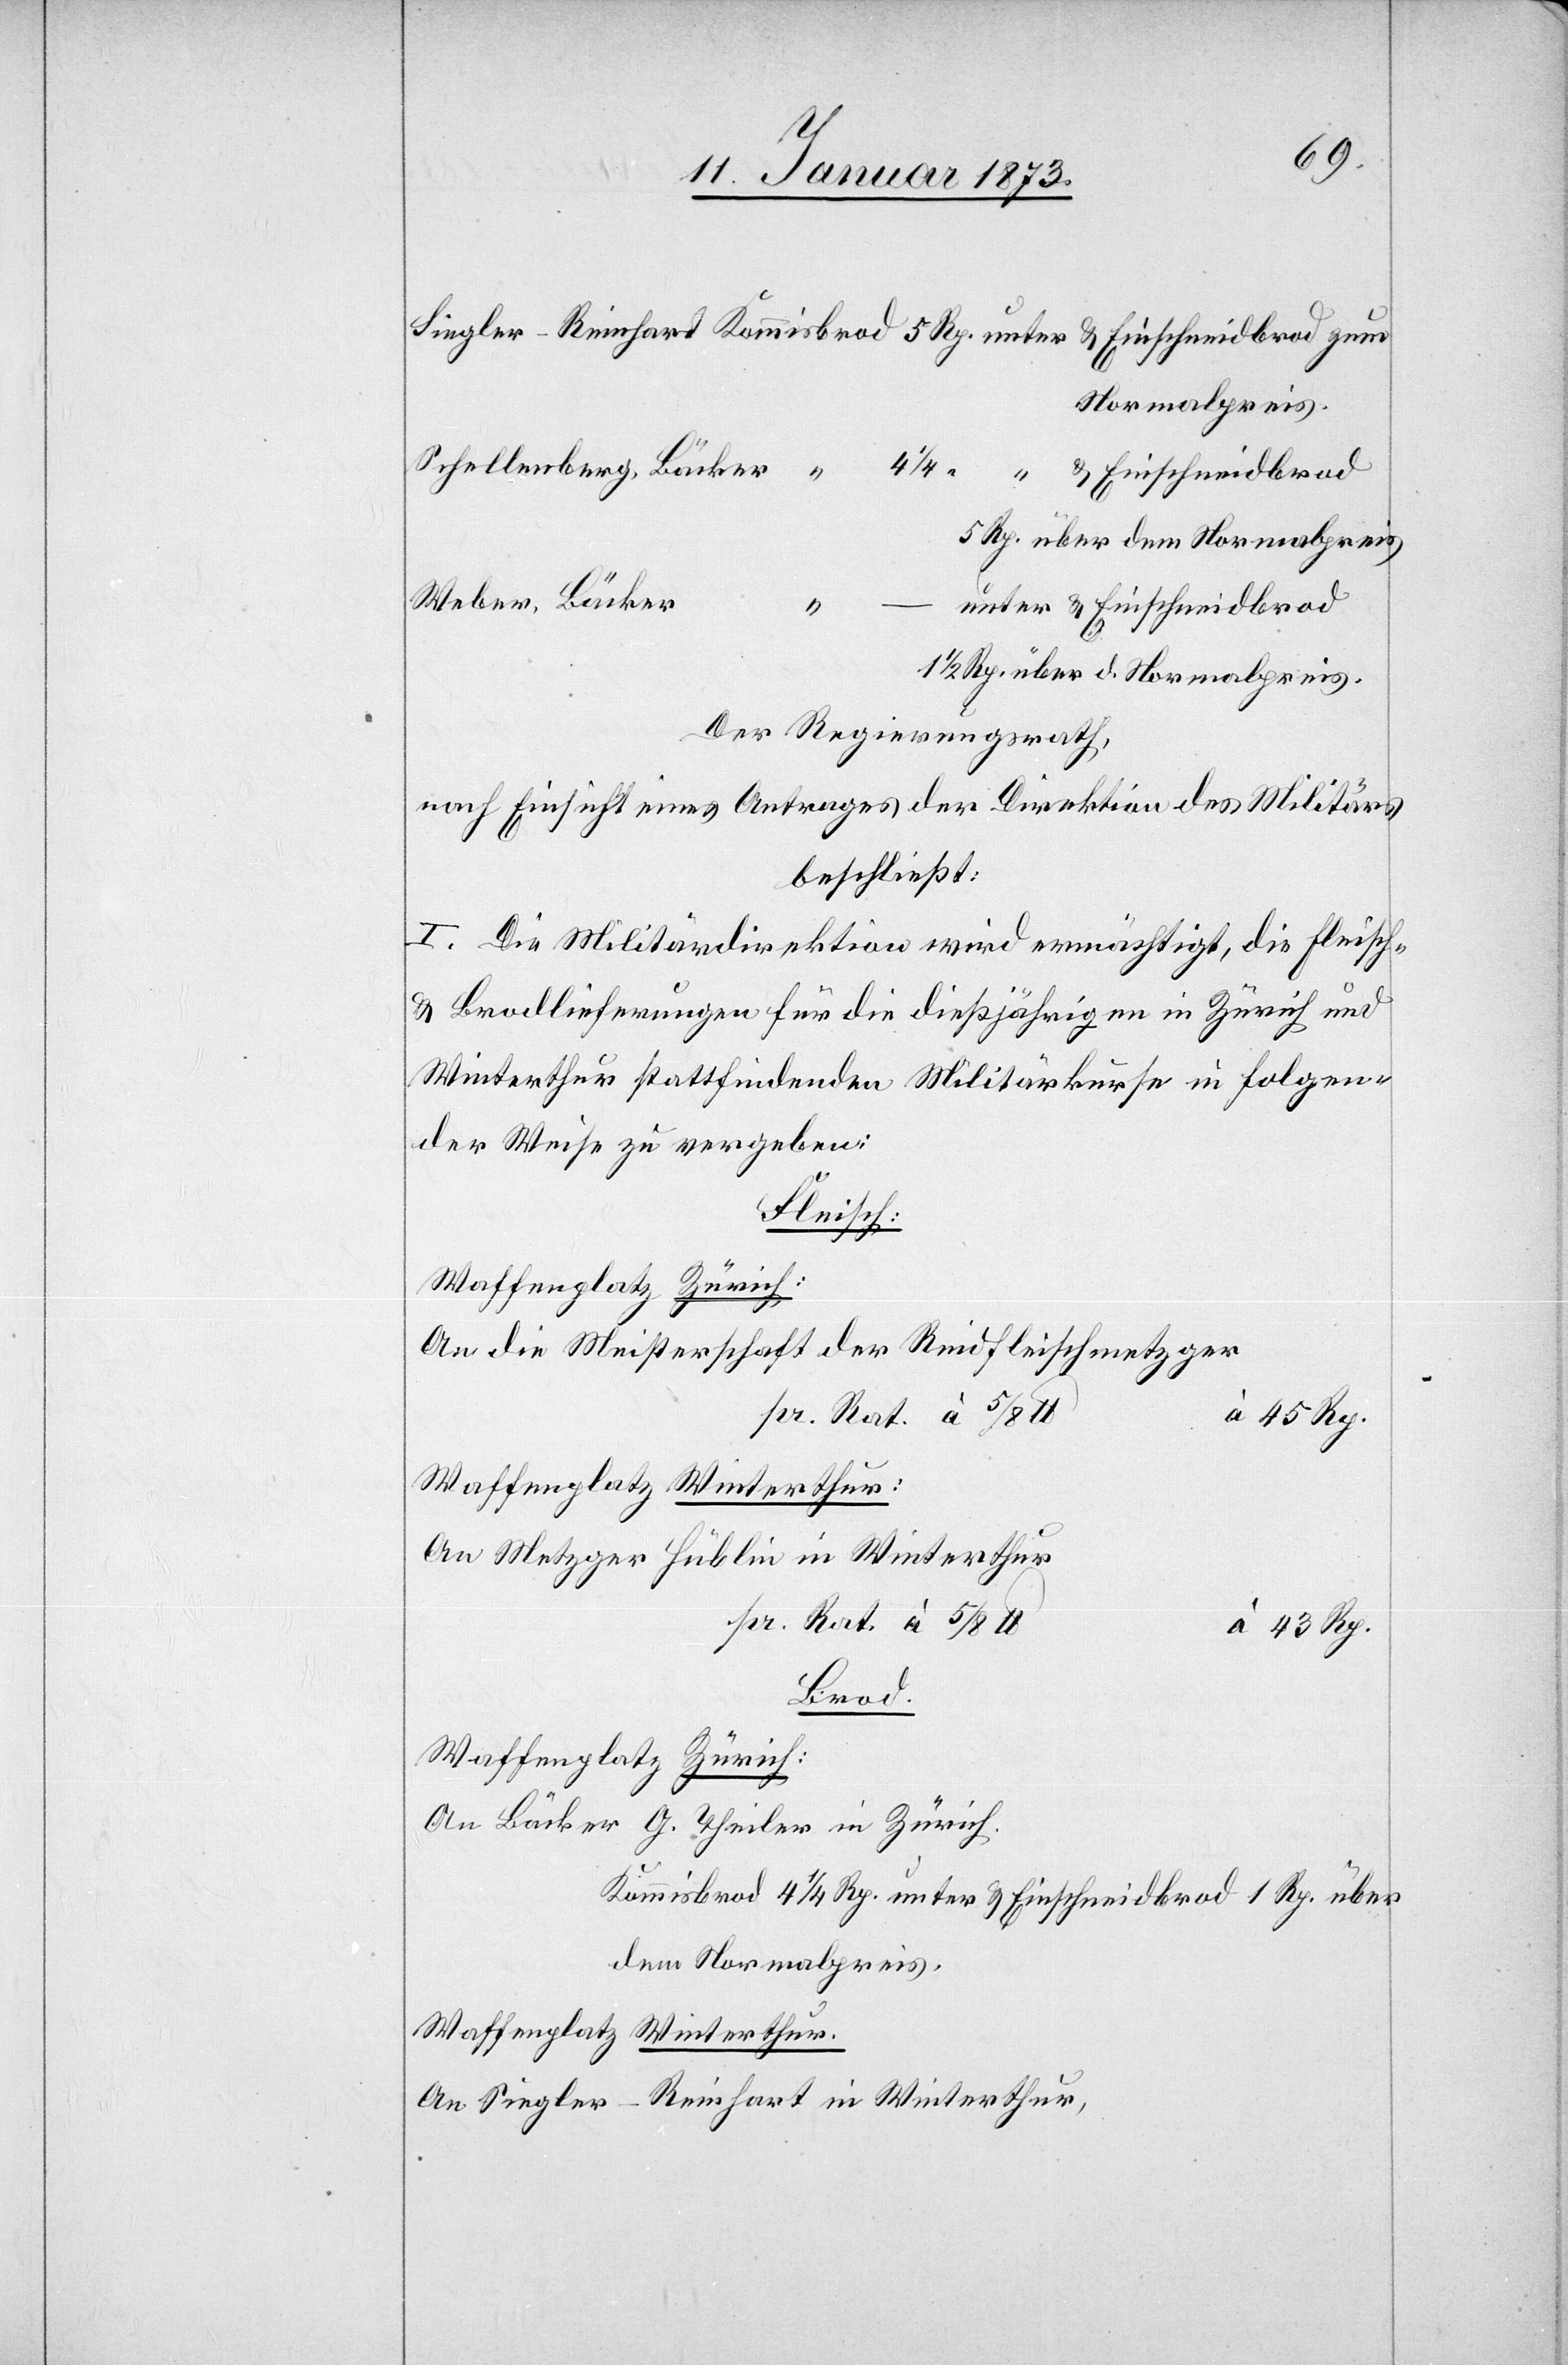
Singler-Reinhart Kommisbrod 5 Rp. unter & Einschneidbrod zum
Normalpreis.
Schellenberg, Bäcker “
4 1/4 “ “ & Einschneidbrod
5 Rp. über dem Normalpreis
Weber, Bäcker
unter & Einschneidbrod
1
1/2 Rp. über d. Normalpreis.
Der Regierungsrath,
nach Einsicht eines Antrages der Direktion des Militärs
beschließt:
I. Die Militärdirektion wird ermächtigt, die Fleisch-
& Brodlieferungen für die dießjährigen in Zürich und
Winterthur stattfindenden Militärkurse in folgen¬
der Weise zu vergeben:
Fleisch:
Waffenplatz Zürich:
An die Meisterschaft der Rindfleischmetzger
Waffenplatz Winterthur:
An Metzger Hüblin in Winterthur
pr. Rat. à 5/8
43 Rp.
Brod.
Waffenplatz Zürich:
An Bäcker G. Theiler in Zürich.
Kommisbrod 4 1/4 Rp. unter & Einschneidbrod 1 Rp. über
dem Normalpreis.
Waffenplatz Winterthur.
An Singler-Reinhart in Winterthur,